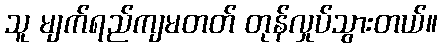
သူ မျက်ရည်ကျမတတ် တုန်လှုပ်သွားတယ်။